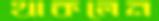
থাকলেন